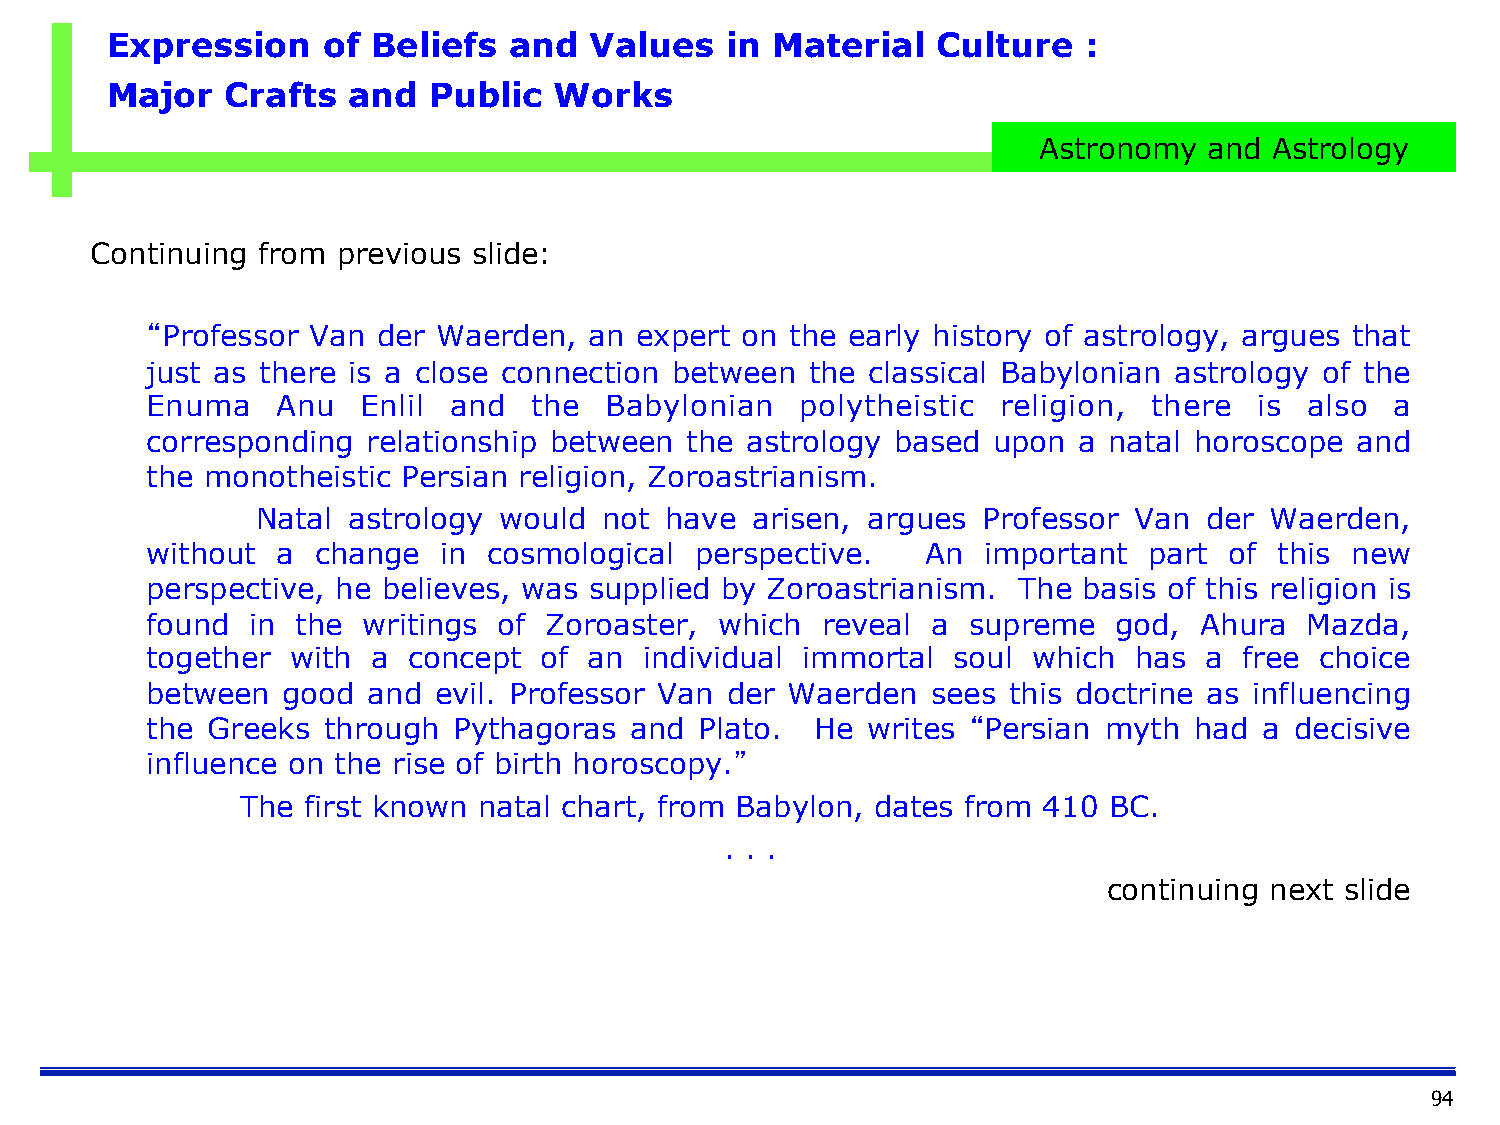
Expression    of  Beliefs  and  Values   in Material   Culture   :
 Major   Crafts  and  Public   Works
 Astronomy  and Astrology
 Continuing from previous slide:
 “Professor Van der Waerden,  an expert on the early history of astrology, argues that
 just as there is a close connection between the classical Babylonian astrology of the
 Enuma   Anu   Enlil and  the  Babylonian   polytheistic religion, there  is  also a
 corresponding relationship between the astrology based  upon a natal horoscope  and
 the monotheistic Persian religion, Zoroastrianism.
 Natal astrology would  not have  arisen, argues Professor Van  der Waerden,
 without a  change  in cosmological  perspective.   An  important  part of  this new
 perspective, he believes, was supplied by Zoroastrianism. The basis of this religion is
 found in  the writings of Zoroaster,  which reveal  a supreme   god, Ahura   Mazda,
 together with  a concept  of an  individual immortal soul which  has  a free choice
 between  good and  evil. Professor Van der Waerden  sees this doctrine as influencing
 the Greeks through  Pythagoras  and Plato.  He writes “Persian myth  had  a decisive
 influence on the rise of birth horoscopy.”
 The first known natal chart, from Babylon, dates from 410 BC.
 . . .
 continuing next slide
 94